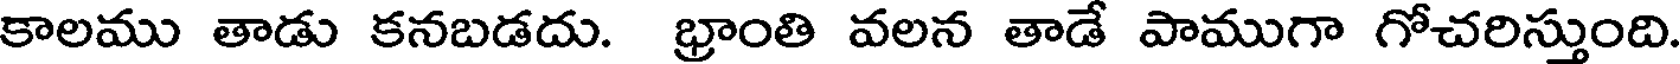
కాలము తాడు కనబడదు. భ్రాంతి వలన తాడే పాముగా గోచరిస్తుంది